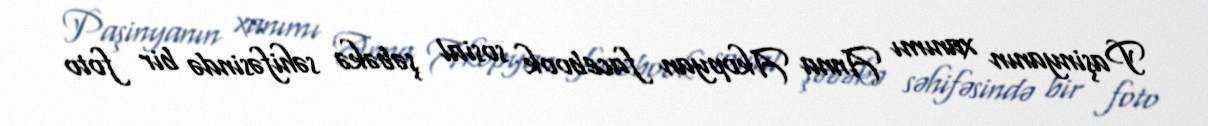
Paşinyanın xanımı Anna Akopyan facebook sosial şəbəkə səhifəsində bir foto